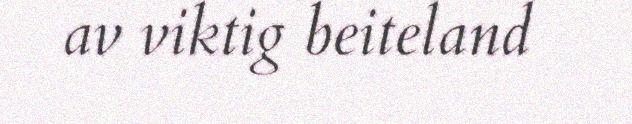
av viktig beiteland